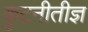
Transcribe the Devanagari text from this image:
कुटनीतीज्ञ